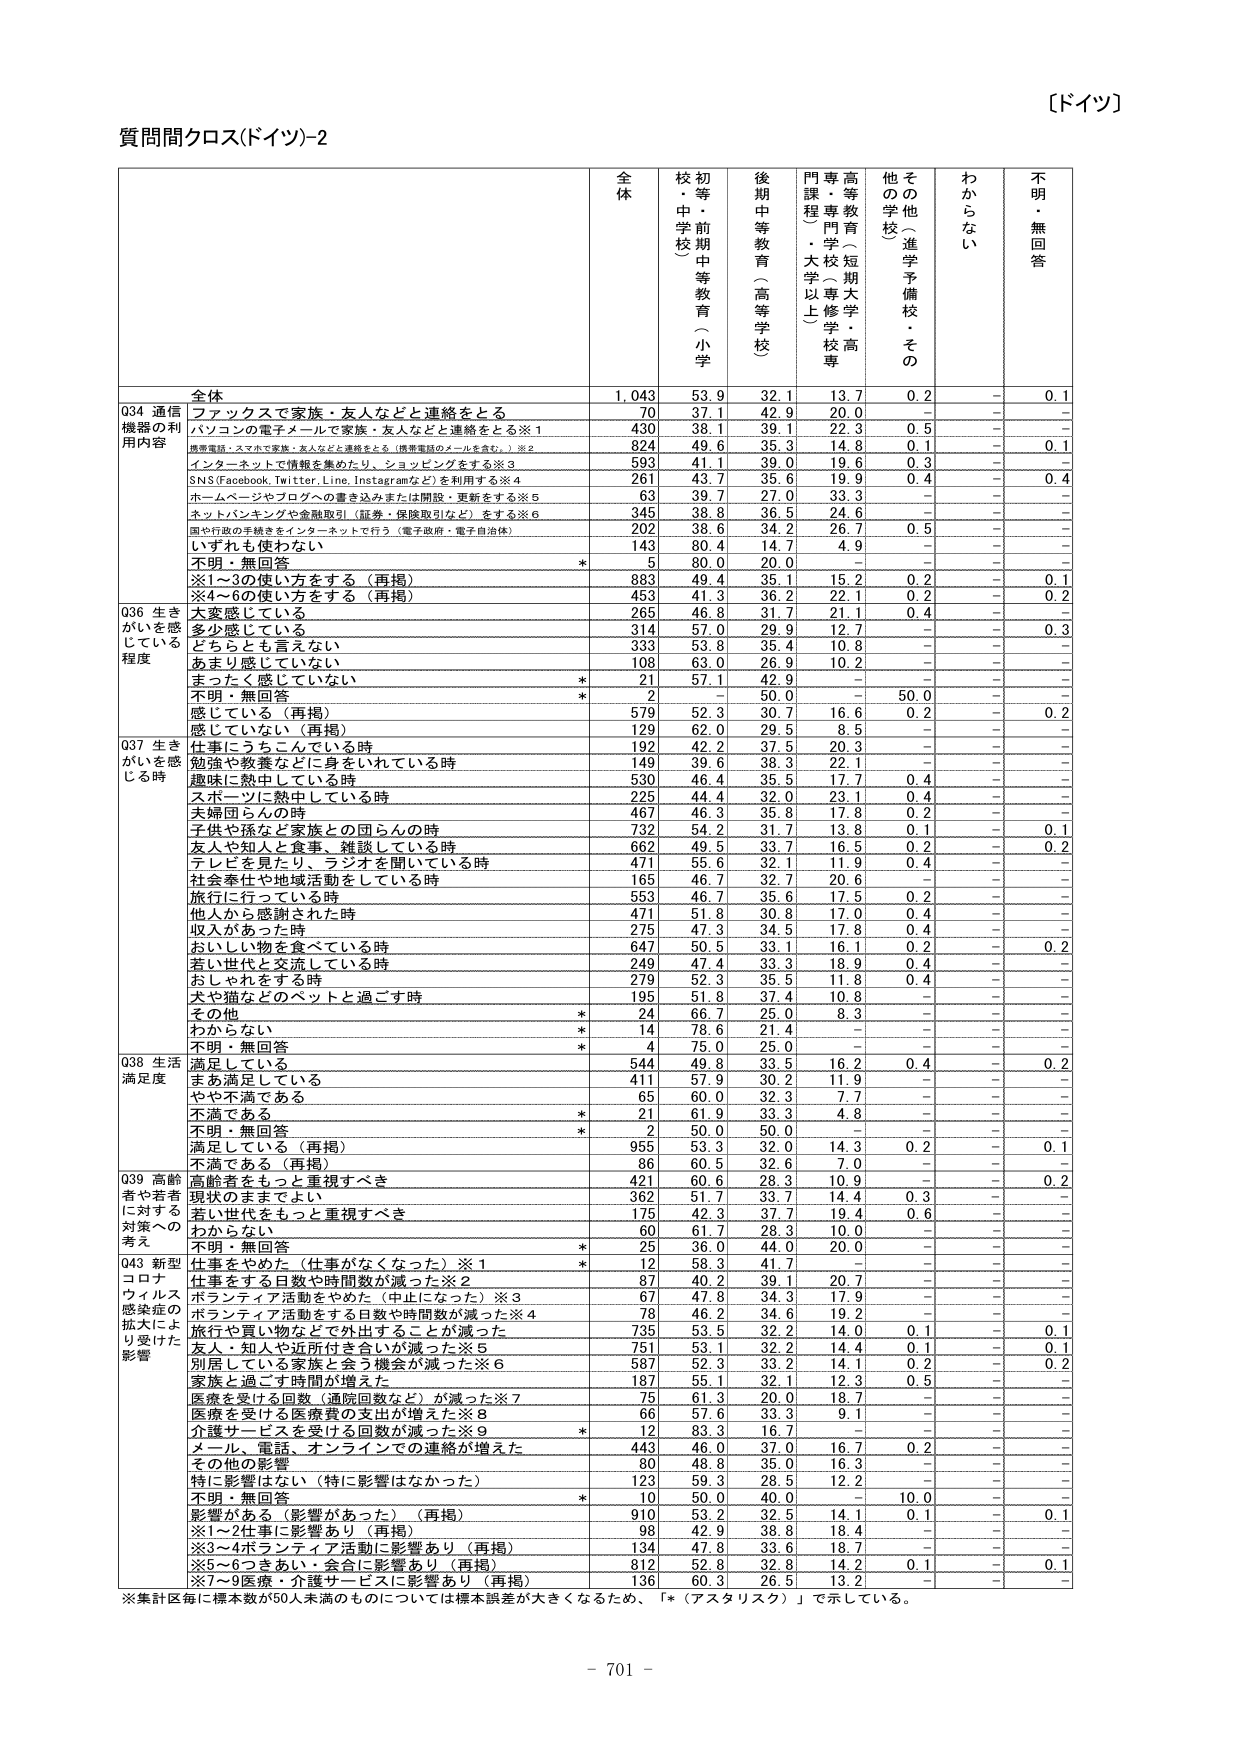
【ドイツ】

質問間クロス(ドイツ)-2

全体　　校・中学校　　初等・前期中等教育（小学）　　後期中等教育（高等学校）　　門課程・大学以上　　専門教育（短期大学・専修学校・高等専門学校）　　その他（進学予備校・その他学校）　　わからない　　不明・無回答

全体　　1,043　　53.9　　32.1　　13.7　　0.2　　－　　0.1

Q34 通信機器の利用内容
　　ファックスで家族・友人などと連絡をとる　　70　　37.1　　42.9　　20.0　　－　　－　　－
　　パソコンの電子メールで家族・友人などと連絡をとる※1　　430　　38.1　　39.1　　22.3　　0.5　　－　　－
　　携帯電話・スマホで家族・友人などと連絡をとる（携帯電話のメールを含む。）※2　　824　　49.6　　35.3　　14.8　　0.1　　－　　0.1
　　インターネットで情報を集めたり、ショッピングをする※3　　593　　41.1　　39.0　　19.6　　0.3　　－　　－
　　SNS（Facebook, Twitter, Line, Instagramなど）を利用する※4　　261　　43.7　　35.6　　19.9　　0.4　　－　　0.4
　　ホームページやブログへの書き込みまたは開設・更新をする※5　　63　　39.7　　27.0　　33.3　　－　　－　　－
　　ネットバンキングや金融取引（証券・保険取引など）をする※6　　345　　38.8　　36.5　　24.6　　－　　－　　－
　　国や行政の手続きをインターネットで行う（電子政府・電子自治体）　　202　　38.6　　34.2　　26.7　　0.5　　－　　－
　　いずれも使わない　　143　　80.4　　14.7　　4.9　　－　　－　　－
　　不明・無回答　　*　　5　　80.0　　20.0　　－　　－　　－
　　※1～3の使い方をする（再掲）　　883　　49.4　　35.1　　15.2　　0.2　　－　　0.1
　　※4～6の使い方をする（再掲）　　453　　41.3　　36.2　　22.1　　0.2　　－　　0.2

Q36 生きがいを感じている程度
　　大変感じている　　265　　46.8　　31.7　　21.1　　0.4　　－　　－
　　多少感じている　　314　　57.0　　29.9　　12.7　　－　　－　　0.3
　　どちらとも言えない　　333　　53.8　　35.4　　10.8　　－　　－　　－
　　あまり感じていない　　108　　63.0　　26.9　　10.2　　－　　－　　－
　　まったく感じていない　　*　　21　　57.1　　42.9　　－　　－　　－
　　不明・無回答　　*　　2　　－　　50.0　　－　　50.0　　－
　　感じている（再掲）　　579　　52.3　　30.7　　16.6　　0.2　　－　　0.2
　　感じていない（再掲）　　129　　62.0　　29.5　　8.5　　－　　－　　－

Q37 生きがいを感じる時
　　仕事にうちこんでいる時　　192　　42.2　　37.5　　20.3　　－　　－　　－
　　勉強や教養などに身を凝れている時　　149　　39.6　　38.3　　22.1　　－　　－　　－
　　趣味に熱中している時　　530　　46.4　　35.5　　17.7　　0.4　　－　　－
　　スポーツに熱中している時　　225　　44.4　　32.0　　23.1　　0.4　　－　　－
　　夫婦同らんの時　　467　　46.3　　35.8　　17.8　　0.2　　－　　－
　　子供や孫など家族との団らんの時　　732　　54.2　　31.7　　13.8　　0.1　　－　　0.1
　　友人や知人と食事、雑談している時　　662　　49.5　　33.7　　16.5　　0.2　　－　　0.2
　　テレビを見たり、ラジオを聞いている時　　471　　55.6　　32.1　　11.9　　0.4　　－　　－
　　社会奉仕や地域活動をしている時　　165　　46.7　　32.7　　20.6　　－　　－　　－
　　旅行に行っている時　　553　　46.7　　35.6　　17.5　　0.2　　－　　－
　　他人から感謝された時　　471　　51.8　　30.8　　17.0　　0.4　　－　　－
　　収入があった時　　275　　47.3　　34.5　　17.8　　0.4　　－　　－
　　おいしい物を食べている時　　647　　50.5　　33.1　　16.1　　0.2　　－　　0.2
　　若い世代と交流している時　　249　　47.4　　33.3　　18.9　　0.4　　－　　－
　　おしゃれをする時　　279　　52.3　　35.5　　11.8　　0.4　　－　　－
　　犬や猫などのペットと過ごす時　　195　　51.8　　37.4　　10.8　　－　　－　　－
　　その他　　*　　24　　66.7　　25.0　　8.3　　－　　－
　　わからない　　*　　14　　78.6　　21.4　　－　　－　　－
　　不明・無回答　　*　　4　　75.0　　25.0　　－　　－　　－

Q38 生活満足度
　　満足している　　544　　49.8　　33.5　　16.2　　0.4　　－　　0.2
　　まあ満足している　　411　　57.9　　30.2　　11.9　　－　　－　　－
　　やや不満である　　65　　60.0　　32.3　　7.7　　－　　－　　－
　　不満である　　*　　21　　61.9　　33.3　　4.8　　－　　－
　　不明・無回答　　*　　2　　50.0　　50.0　　－　　－　　－
　　満足している（再掲）　　955　　53.3　　32.0　　14.3　　0.2　　－　　0.1
　　不満である（再掲）　　86　　60.5　　32.6　　7.0　　－　　－　　－

Q39 高齢者や若者に対する対策への考え
　　高齢者をもっと重視すべき　　421　　60.6　　28.3　　10.9　　－　　－　　0.2
　　現状のままでよい　　362　　51.7　　33.7　　14.4　　0.3　　－　　－
　　若い世代をもっと重視すべき　　175　　42.3　　37.7　　19.4　　0.6　　－　　－
　　わからない　　60　　61.7　　28.3　　10.0　　－　　－　　－
　　不明・無回答　　*　　25　　36.0　　44.0　　20.0　　－　　－

Q43 新型コロナウイルス感染症の拡大により受けた影響
　　仕事をやめた（仕事がなくなった）※1　　*　　12　　58.3　　41.7　　－　　－　　－
　　仕事をする日数や時間数が減った※2　　87　　40.2　　39.1　　20.7　　－　　－　　－
　　ボランティア活動をやめた（中止になった）※3　　67　　47.8　　34.3　　17.9　　－　　－　　－
　　ボランティア活動をする日数や時間数が減った※4　　78　　46.2　　34.6　　19.2　　－　　－　　－
　　旅行や買い物などで外出することが減った　　735　　53.5　　32.2　　14.0　　0.1　　－　　0.1
　　友人・知人や近所付き合いが減った※5　　751　　53.1　　32.2　　14.4　　0.1　　－　　0.1
　　別居している家族と会う機会が減った※6　　587　　52.3　　33.2　　14.1　　0.2　　－　　0.2
　　家族と過ごす時間が増えた　　187　　55.1　　32.1　　12.3　　0.5　　－　　－
　　医療を受けた回数（通院回数など）が減った※7　　75　　61.3　　20.0　　18.7　　－　　－　　－
　　医療を受けた医療費の支出が増えた※8　　66　　57.6　　33.3　　9.1　　－　　－　　－
　　介護サービスを受けた回数が減った※9　　*　　12　　83.3　　16.7　　－　　－　　－
　　メール、電話、オンラインでの連絡が増えた　　443　　46.0　　37.0　　16.7　　0.2　　－　　－
　　その他の影響　　80　　48.8　　35.0　　16.3　　－　　－　　－
　　特に影響はない（特に影響はなかった）　　123　　59.3　　28.5　　12.2　　－　　－　　－
　　不明・無回答　　*　　10　　50.0　　40.0　　－　　10.0　　－
　　影響がある（影響があった）（再掲）　　910　　53.2　　32.5　　14.1　　0.1　　－　　0.1
　　※1～2仕事に影響あり（再掲）　　98　　42.9　　38.8　　18.4　　－　　－　　－
　　※3～4ボランティア活動に影響あり（再掲）　　134　　47.8　　33.6　　18.7　　－　　－　　－
　　※5～6つきあい・会合に影響あり（再掲）　　812　　52.8　　32.8　　14.2　　0.1　　－　　0.1
　　※7～9医療・介護サービスに影響あり（再掲）　　136　　60.3　　26.5　　13.2　　－　　－　　－

※集計区毎に標本数が50人未満のものについては標本誤差が大きくなるため、「*（アスタリスク）」で示している。

－ 701 －